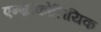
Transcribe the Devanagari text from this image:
एन्थ्रौकोलियिक